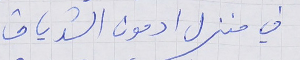
في منزل ادمون الشدياق